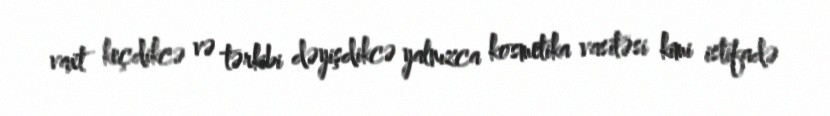
vaxt keçdikcə və tərkibi dəyişdikcə yalnızca kosmetika vasitəsi kimi istifadə